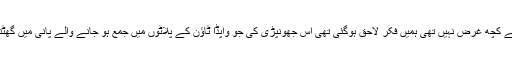
بی آر ٹی کی تخریبات پر کیا گزری ہوگی ہمیں اس سے کچھ غرض نہیں تھی ہمیں فکر لاحق ہوگئی تھی اس جھونپڑی کی جو واپڈا ٹاؤن کے پلاٹوں میں جمع ہو جانے والے پانی میں گھٹنوں گھٹنوں دھنسی الحفیظ والامان کا ورد کر رہی تھی۔